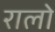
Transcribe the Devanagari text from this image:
रालो